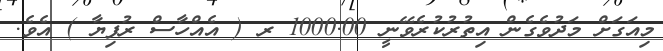
މިއަގަށް މަދުވެގެން އިތުރުކުރެވޭނީ 1000.00 ރ ( އެއްހާސް ރުފިޔާ ) އެވެ.